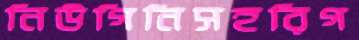
নিউগিনিসহরিগ